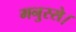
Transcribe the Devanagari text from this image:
मनुस्से।